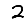
Digit: 2